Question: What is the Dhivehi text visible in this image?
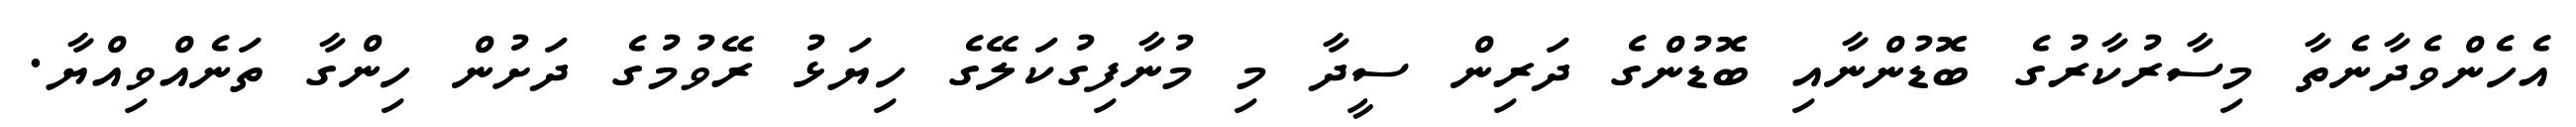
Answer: އެހެންވެދާނެތާ މިސާރުކާރުގެ ބޮޑުންނާއި ބޮޑުންގެ ދަރިން ސީދާ މި މުނާފިގުކަލޭގެ ހިޔަޅު ރޭވުމުގެ ދަށުން ހިންގާ ތަނެއްވިއްޔާ.